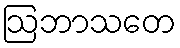
ဩဘာသတေ